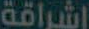
اشراقة